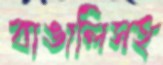
বাঙালিসহ